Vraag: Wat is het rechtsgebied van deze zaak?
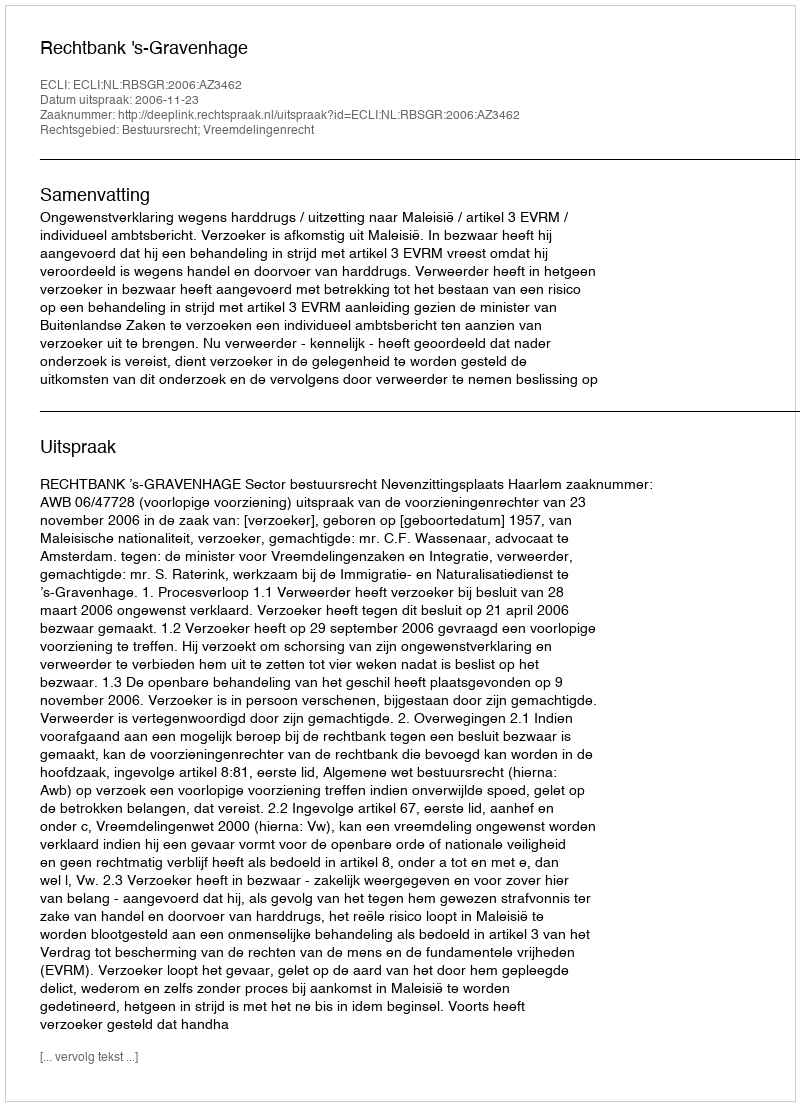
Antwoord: Bestuursrecht; Vreemdelingenrecht